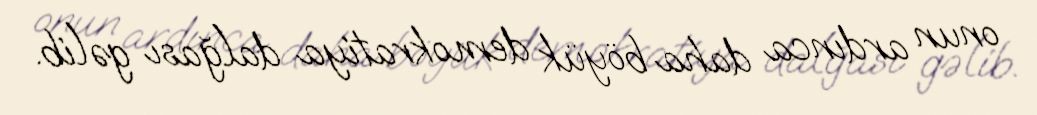
onun ardınca daha böyük demokratiya dalğası gəlib.